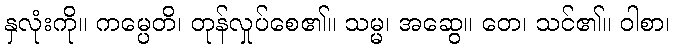
နှလုံးကို။ ကမ္ပေတိ၊ တုန်လှုပ်စေ၏။ သမ္မ၊ အဆွေ။ တေ၊ သင်၏။ ဝါစာ၊